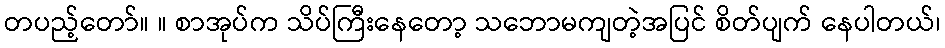
တပည့်တော်။ ။ စာအုပ်က သိပ်ကြီးနေတော့ သဘောမကျတဲ့အပြင် စိတ်ပျက် နေပါတယ်၊